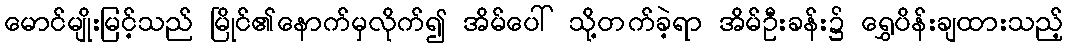
မောင်မျိုးမြင့်သည် မြိုင်၏နောက်မှလိုက်၍ အိမ်ပေါ် သို့တက်ခဲ့ရာ အိမ်ဦးခန်း၌ ရွှေပိန်းချထားသည့်